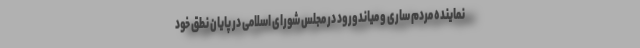
نماینده مردم ساری و میاندورود در مجلس شورای اسلامی در پایان نطق خود